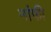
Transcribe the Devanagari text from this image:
मांफी